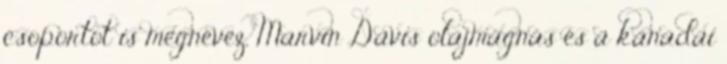
csoportot is megnevez, Marvin Davis olajmágnás és a kanadai